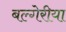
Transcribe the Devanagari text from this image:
बल्गेरीया